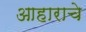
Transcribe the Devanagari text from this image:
आहाराचे